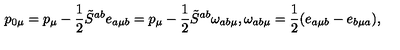
p _ { 0 \mu } = p _ { \mu } - \frac { 1 } { 2 } \tilde { S } ^ { a b } e _ { a \mu b } = p _ { \mu } - \frac { 1 } { 2 } \tilde { S } ^ { a b } \omega _ { a b \mu } , \omega _ { a b \mu } = \frac { 1 } { 2 } ( e _ { a \mu b } - e _ { b \mu a } ) ,